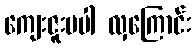
ကျေးဇူးမပါ လှကြောင်း